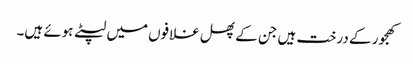
کھجور کے درخت ہیں جن کے پھل غلافوں میں لپٹے ہوئے ہیں۔